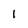
Character: I